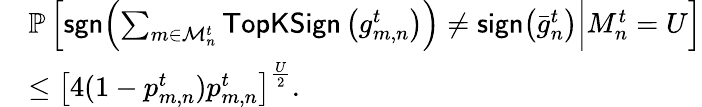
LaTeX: \begin{array}{rl}&{\mathbb{P}\left[\left.{\sf sgn}\! \left(\sum_{m\in\mathcal{M}_{n}^{t}}{\sf TopKSign}\left(g_{m,n}^{t}\right)\right)\neq{\sf sign}\! \left({\bar{g}}_{n}^{t}\right)\right|M_{n}^{t}=U\right]}\\ &{\leq\left[4(1-{p}_{m,n}^{t}){p}_{m,n}^{t}\right]^{\frac{U}{2}}.}\end{array}